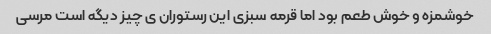
خوشمزه و خوش طعم بود اما قرمه سبزی این رستوران ی چیز دیگه است مرسی